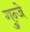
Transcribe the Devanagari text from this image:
गुन्जे